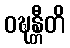
ဝဍ္ဎန္တီတိ